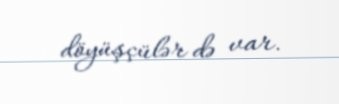
döyüşçülər də var.